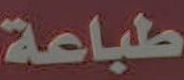
طباعة